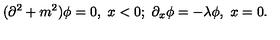
( \partial ^ { 2 } + m ^ { 2 } ) \phi = 0 , \ x < 0 ; \ \partial _ { x } \phi = - \lambda \phi , \ x = 0 .